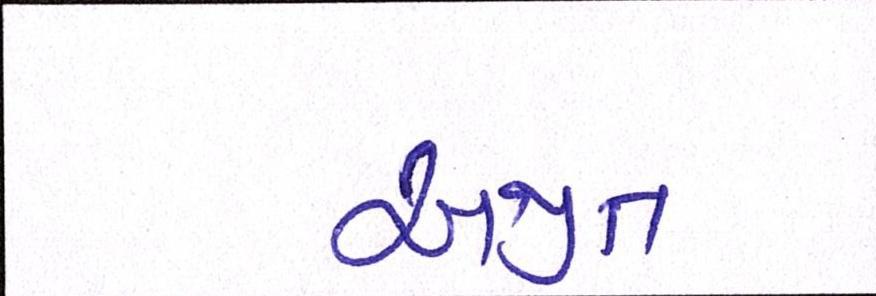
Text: અજીત